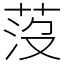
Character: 莈